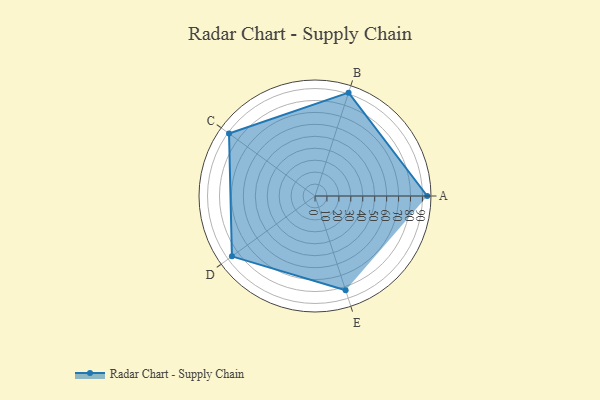
{"axis": {"x": "Skill", "y": "Score"}, "legend": ["Profile"], "data": [{"x": "A", "y": 94.0, "type": "Profile"}, {"x": "B", "y": 91.0, "type": "Profile"}, {"x": "C", "y": 89.0, "type": "Profile"}, {"x": "D", "y": 86.0, "type": "Profile"}, {"x": "E", "y": 83.0, "type": "Profile"}]}